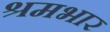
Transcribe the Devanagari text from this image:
श्रमभार